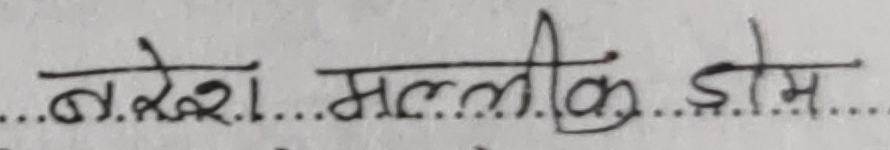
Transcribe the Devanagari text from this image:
नरेश मल्लीक होम